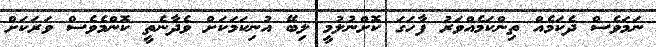
ނަމަވެސް ދެކަމެއް ތިންކަމެއްވަރު ފާހަގަ ކޮށްނުލުމީ ލިބޭ އުނިކަމަކަށް ވެދާނެތީ ކޮންމެވެސް ވަރަކަށް